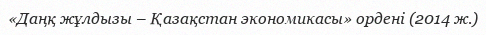
«Даңқ жұлдызы – Қазақстан экономикасы» ордені (2014 ж.)